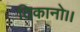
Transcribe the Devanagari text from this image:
ठिकानो।।